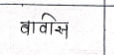
मजकूर: बावीस